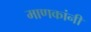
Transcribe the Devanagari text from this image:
माणकांनी